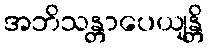
အဘိသန္တာပေယျန္တိ